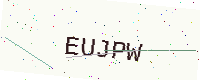
Text: EUJPW